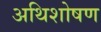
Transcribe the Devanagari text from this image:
अथिशोषण